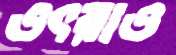
ওৎরাও